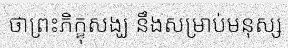
ថាព្រះភិក្ខុសង្ឃ នឹងសម្រាប់មនុស្ស